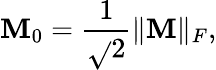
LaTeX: \mathbf{M}_{0}=\frac{{1}}{{\sqrt{}{{2}}}}\Vert\mathbf{{\mathbf{M}}}\Vert_{F},